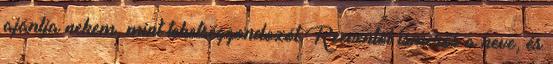
ajánlja nekem, mint tehetséggondozót Reeventől ismerős a neve, és